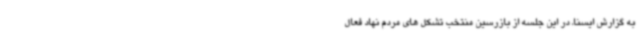
به گزارش ایسنا، در این جلسه از بازرسین منتخب تشکل های مردم نهاد فعال